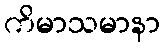
ကိမာသမာနာ